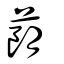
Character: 蓢